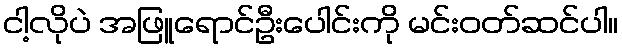
ငါ့လိုပဲ အဖြူရောင်ဦးပေါင်းကို မင်းဝတ်ဆင်ပါ။